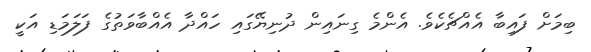
ބިމަށް ފައިބާ އެއްޗެކެވެ. އެންމެ ގިނައިން ދުނިޔޭގައި ހައްދާ އެއްބާވަތުގެ ފަލަމަޑި އަކީ